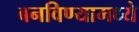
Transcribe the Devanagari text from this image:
बनविण्यामध्ये